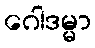
ဂေါဒမ္မာ